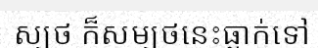
ស្បថ ក៏សម្បថនេះធ្លាក់ទៅ